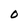
Character: O